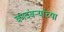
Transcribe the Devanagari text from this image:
कादंबऱ्यांच्या